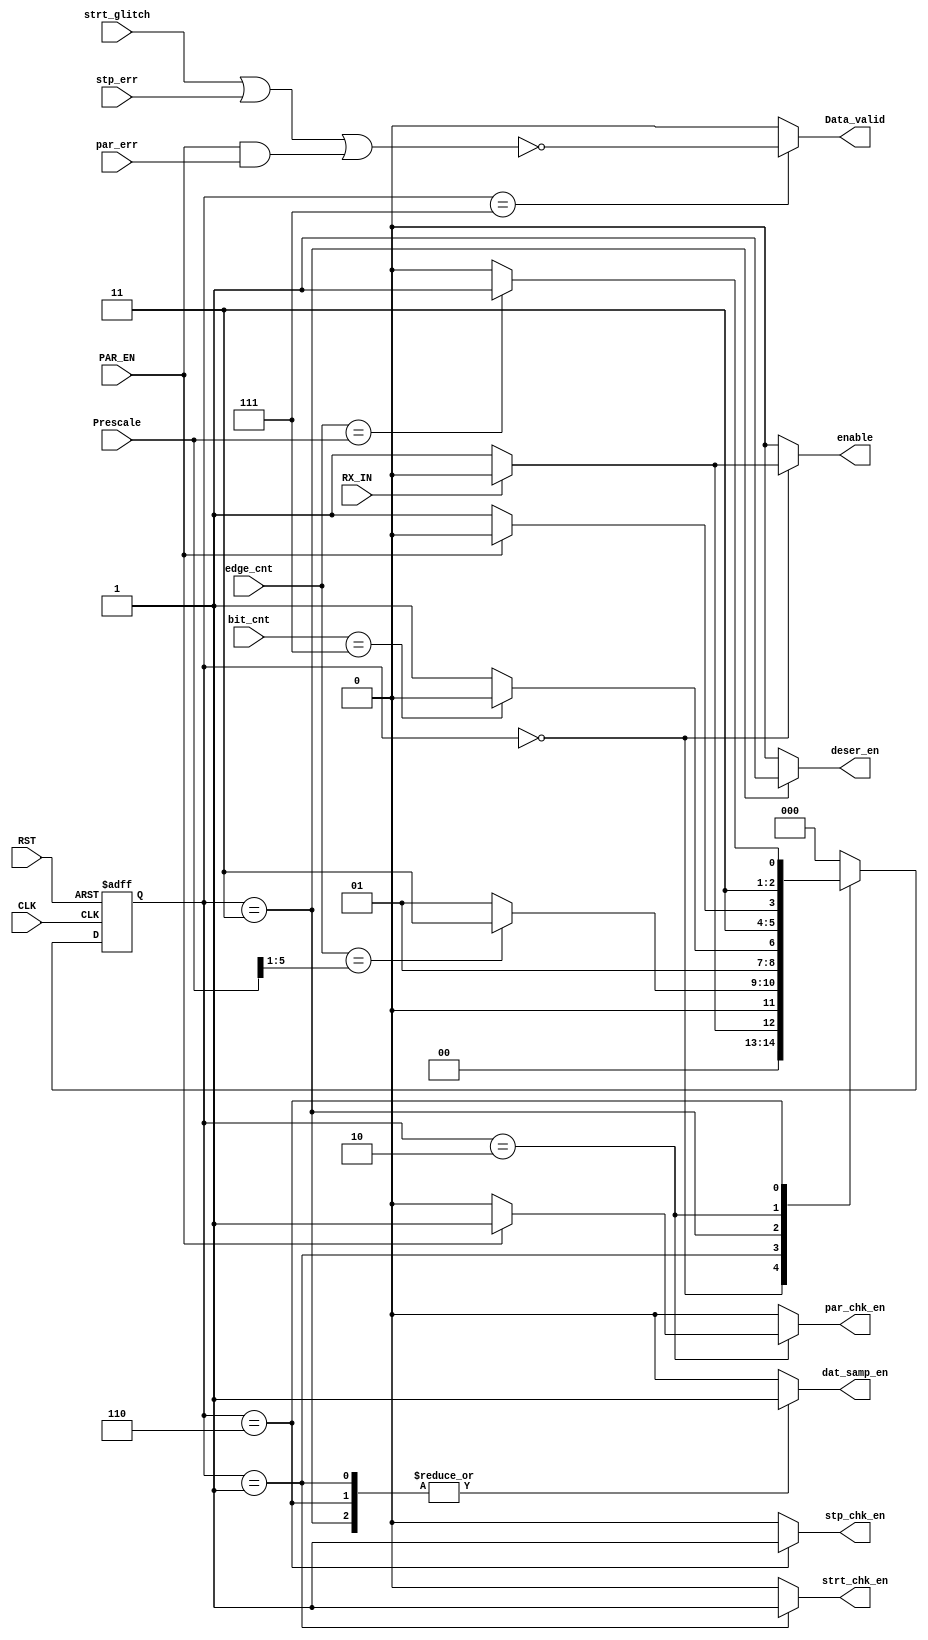
module FSM(
  input wire CLK, RST,
  input wire RX_IN,
  input wire PAR_EN,
  input wire [5 : 0] Prescale,
  input wire [4 : 0] edge_cnt,
  input wire [2 : 0] bit_cnt,
  input wire par_err,
  input wire strt_glitch,
  input wire stp_err,
  output reg enable,
  output reg dat_samp_en,
  output reg strt_chk_en,
  output reg stp_chk_en,
  output reg par_chk_en,
  output reg deser_en,
  output reg Data_valid
  );

reg [2:0] current_state, next_state;

// gray state encoding
localparam  [2:0]      IDLE     = 3'b000 ,
                       START    = 3'b001 ,
                       DATA     = 3'b011 ,
                       PARITY   = 3'b010 ,
                       STOP     = 3'b110 ,
                       ERR_CHK  = 3'b111 ;

//state transition 
always @(posedge CLK or negedge RST)
begin
  if (!RST)
    current_state <= IDLE;
  else
    current_state <= next_state;
end

always @(*)
begin
  case (current_state)
    IDLE: begin
      if (!RX_IN)
        next_state = START;
      else
        next_state = IDLE;
    end
    START: begin
      if (edge_cnt == (Prescale >> 1))  // Middle of the start bit
        next_state = DATA;
      else
        next_state = START;
    end
    DATA: begin
      if (bit_cnt == 3'b111)
        next_state = PARITY;
      else
        next_state = DATA;
    end
    PARITY: begin
      if (PAR_EN)
        next_state = STOP;
      else
        next_state = ERR_CHK;
    end
    STOP: begin
      if (edge_cnt == Prescale)
        next_state = ERR_CHK;
      else
        next_state = STOP;
    end
    ERR_CHK: begin
      next_state = IDLE;
    end
    default: begin
      next_state = IDLE;
    end
  endcase
end

always @(*)
begin
  // Default assignments
  enable = 1'b0;
  dat_samp_en = 1'b0;
  strt_chk_en = 1'b0;
  stp_chk_en = 1'b0;
  par_chk_en = 1'b0;
  deser_en = 1'b0;
  Data_valid = 1'b0;
  
  case (current_state)
    IDLE: begin
      if (!RX_IN)
        enable = 1'b1;
    end
    START: begin
      strt_chk_en = 1'b1;
      dat_samp_en = 1'b1;
    end
    DATA: begin
      deser_en = 1'b1;
      dat_samp_en = 1'b1;
    end
    PARITY: begin
      if (PAR_EN)
        par_chk_en = 1'b1;
    end
    STOP: begin
      stp_chk_en = 1'b1;
      dat_samp_en = 1'b1;
    end
    ERR_CHK: begin
      Data_valid = !(strt_glitch || stp_err || (PAR_EN && par_err));
    end
  endcase
end

endmodule